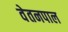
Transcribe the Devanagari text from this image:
वेतनपाल